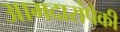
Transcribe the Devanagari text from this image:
आमदारांपैकी